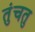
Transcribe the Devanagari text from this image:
तुंचतु